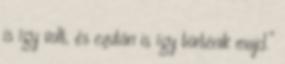
is így volt, és ezután is így történik majd.”